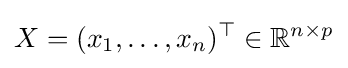
X=(x_{1},\ldots ,x_{n})^{\top }\in \mathbb {R} ^{n\times p}